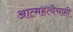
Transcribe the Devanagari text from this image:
आत्महत्येचाही